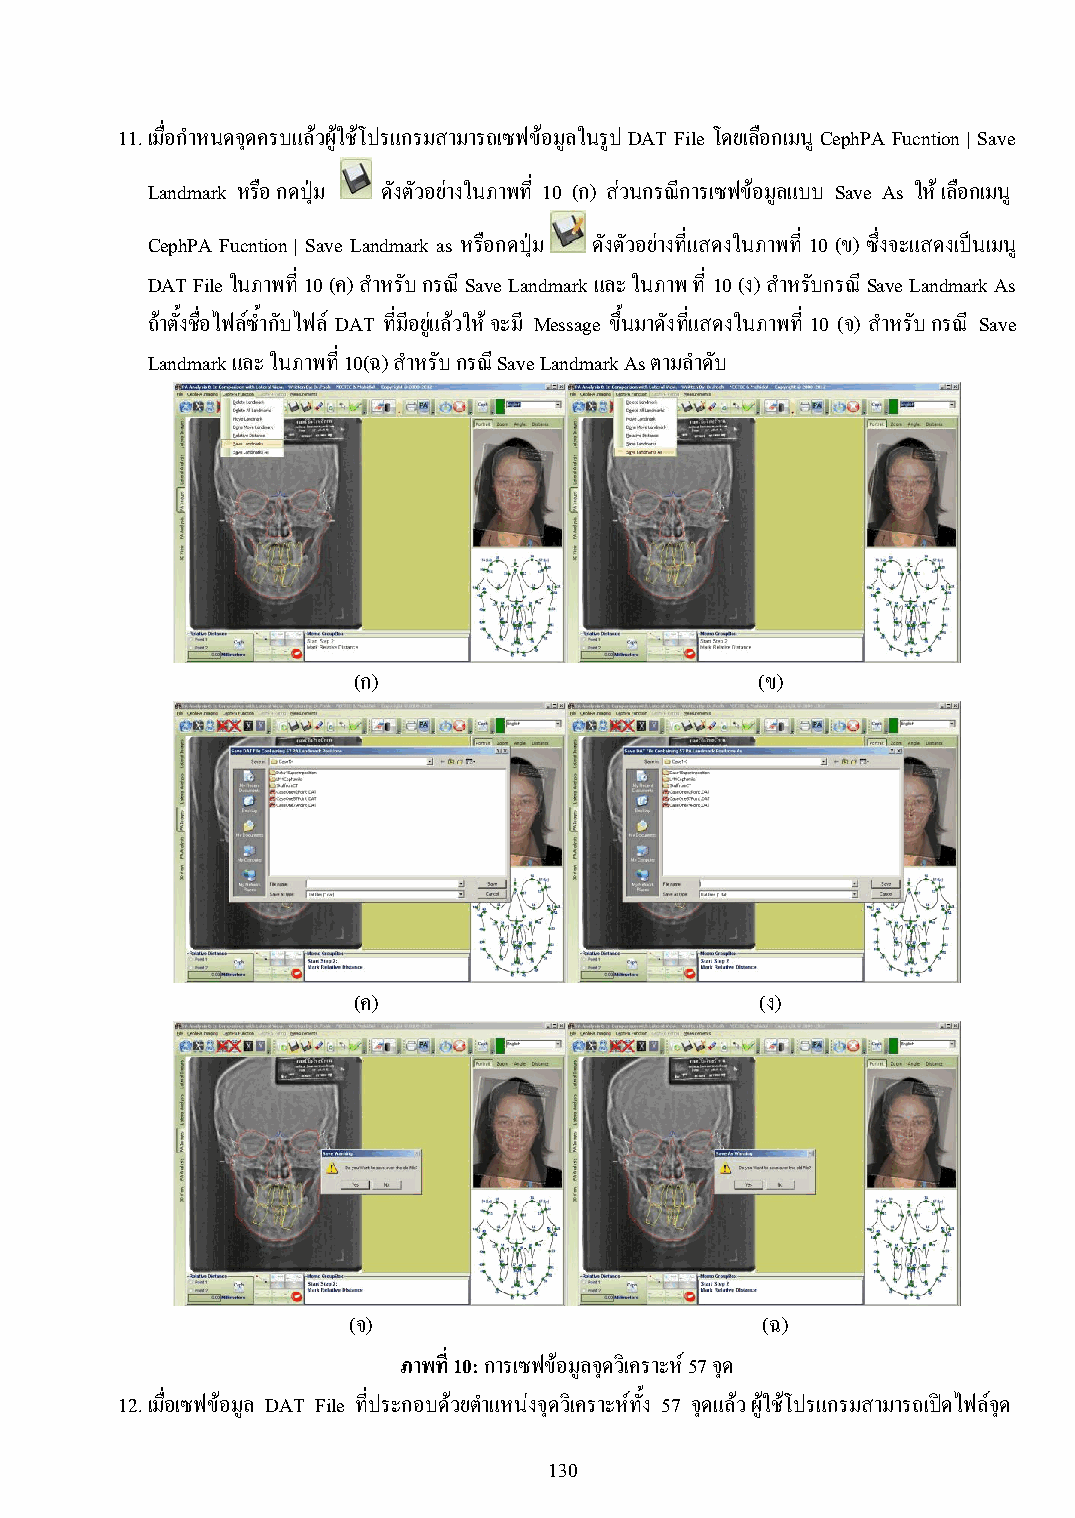
11. เมื่อก าหนดจุดครบแล้วผู้ใช้โปรแกรมสามารถเซฟข้อมูลในรูป DAT File โดยเลือกเมนู CephPA Fucntion | Save
 Landmark หรือ กดปุ่ม ดังตัวอย่างในภาพที่ 10 (ก) ส่วนกรณีการเซฟข้อมูลแบบ Save As ให้ เลือกเมนู
 CephPA Fucntion | Save Landmark as หรือกดปุ่ม ดังตัวอย่างที่แสดงในภาพที่ 10 (ข) ซึ่งจะแสดงเป็นเมน ู
 DAT File ในภาพที่ 10 (ค) ส าหรับ กรณี Save Landmark และ ในภาพ ที่ 10 (ง) ส าหรับกรณี Save Landmark As
 ถ้าตั้งชื่อไฟล์ซ้ ากับไฟล์ DAT ที่มีอยู่แล้วให้ จะมี Message ขึ้นมาดังที่แสดงในภาพที่ 10 (จ) ส าหรับ กรณี Save
 Landmark และ ในภาพที่ 10(ฉ) ส าหรับ กรณี Save Landmark As ตามล าดับ
 (ก)                        (ข)
 (ค)                        (ง)
 (จ)                        (ฉ)
 ภาพที่ 10: การเซฟข้อมูลจุดวิเคราะห์ 57 จุด
 12. เมื่อเซฟข้อมูล DAT File ที่ประกอบด้วยต าแหน่งจุดวิเคราะห์ทั้ง 57 จุดแล้ว ผู้ใช้โปรแกรมสามารถเปิดไฟล์จุด
 130